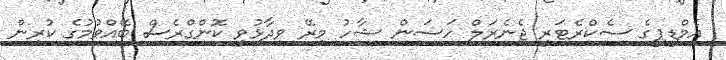
އެމްޑީޕީގެ ސެކްރެޓަރީ ޖެނެރަލް ހަސަން ޝާހު މިރޭ ވިދާޅުވީ ކޮންގްރެސް ބޭއްވުމުގެ ކުރިން